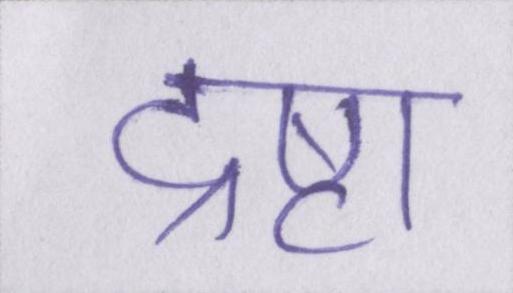
द्रष्टा